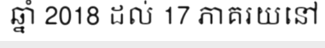
ឆ្នាំ 2018 ដល់ 17 ភាគរយនៅ